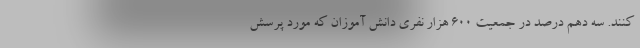
کنند. سه دهم درصد در جمعیت ۶۰۰ هزار نفری دانش آموزان که مورد پرسش